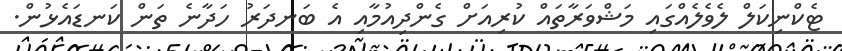
ޓެކްނިކަލް ލެވެލެއްގައި މަޝްވަރާތައް ކުރިއަށް ގެންދިއުމާއި އެ ބަނދަރު ހަދާނެ ތަން ކަނޑައެޅުން.